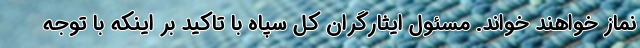
نماز خواهند خواند. مسئول ایثارگران کل سپاه با تاکید بر اینکه با توجه